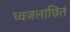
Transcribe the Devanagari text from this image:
ध्वजलांछितं